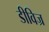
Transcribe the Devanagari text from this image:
डीविज्र